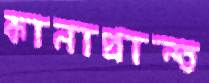
কানাপ্রান্ত